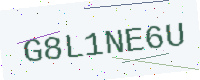
Text: G8L1NE6U